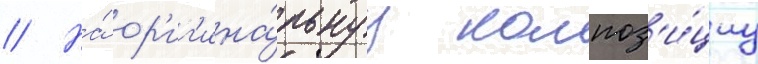
// На́ ор'иг'ина́льнуу композ'и́циу